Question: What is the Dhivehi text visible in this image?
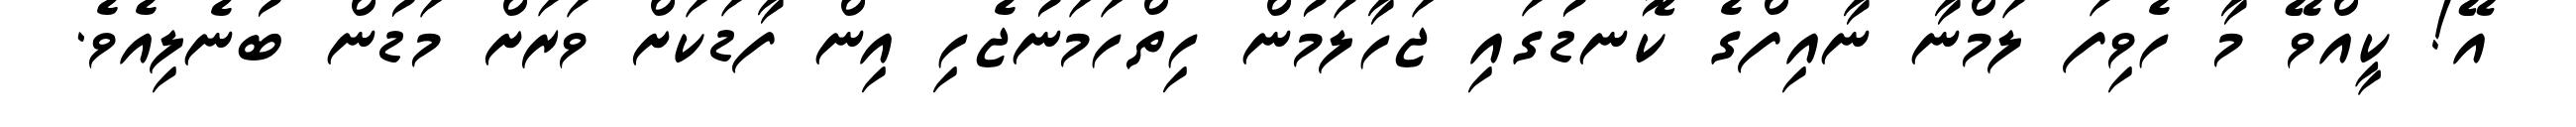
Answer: އޭ! ކީއްވޭ މާ ހެވިފަ ލަމްނާ ނާއިފްގެ ކޮނޑުގައި ޖަހާލަމުން ހިތްހަމަނުޖެހި އިން ފާޑަކަށް ވަރަށް މަޑުން ބުނެލިއެވެ.